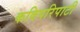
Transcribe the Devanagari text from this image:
कविपरिपाटी